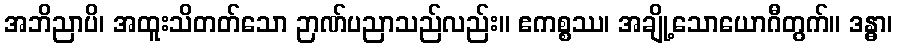
အဘိညာပိ၊ အထူးသိတတ်သော ဉာဏ်ပညာသည်လည်း။ ဧကစ္စဿ၊ အချို့သောယောဂီတွက်။ ဒန္ဓာ၊